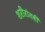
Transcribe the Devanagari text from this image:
शरीरांतही